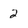
Character: 2